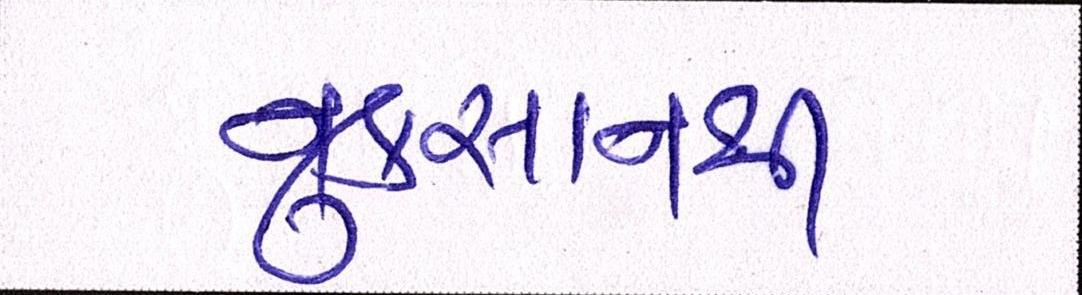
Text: નુકસાનથી